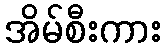
အိမ်စီးကား